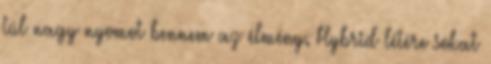
túl nagy nyomot bennem az élmény. Hybrid létére sokat